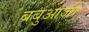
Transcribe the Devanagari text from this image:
बबुआजी